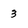
Character: 3